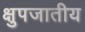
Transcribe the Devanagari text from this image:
क्षुपजातीय